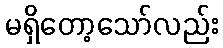
မရှိတော့သော်လည်း